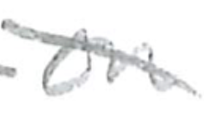
Text: on
Cross-out: mix
Writing tool: pencil